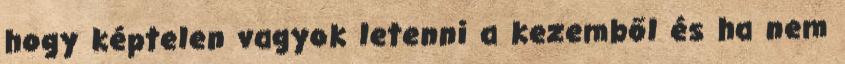
hogy képtelen vagyok letenni a kezemből és ha nem